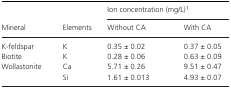
<table><thead><tr><td rowspan="2"><b>Mineral</b></td><td rowspan="2"><b>Elements</b></td><td colspan="2"><b>Ion concentration (mg/L)a</b></td></tr><tr><td><b>Without CA</b></td><td><b>With CA</b></td></tr></thead><tbody><tr><td>K‐feldspar</td><td>K</td><td>0.35 ± 0.02</td><td>0.37 ± 0.05</td></tr><tr><td>Biotite</td><td>K</td><td>0.28 ± 0.06</td><td>0.63 ± 0.09</td></tr><tr><td rowspan="2">Wollastonite</td><td>Ca</td><td>5.71 ± 0.26</td><td>9.51 ± 0.47</td></tr><tr><td>Si</td><td>1.61 ± 0.013</td><td>4.93 ± 0.07</td></tr></tbody></table>